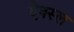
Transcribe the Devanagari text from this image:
ऐक्स्ल